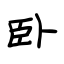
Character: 卧